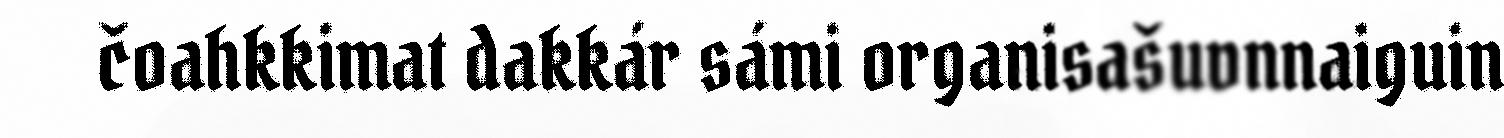
čoahkkimat dakkár sámi organisašuvnnaiguin